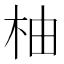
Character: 柚